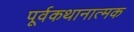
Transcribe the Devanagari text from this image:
पूर्वकथानात्मक